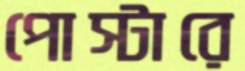
পোস্টারে